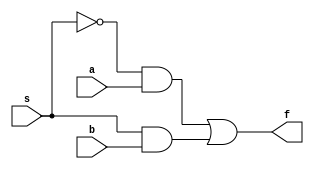
module mux2by1
  ( input s,a,b,
    output f);
    wire x,y,z;
  not(x,s);
  and(y,x,a);
  and(z,s,b);
  or(f,y,z);
endmodule